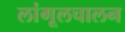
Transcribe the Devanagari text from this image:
लांगूलचालन